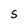
Character: S